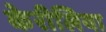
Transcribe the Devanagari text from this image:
केरीलिया